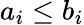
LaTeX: a_{i}\leq b_{i}